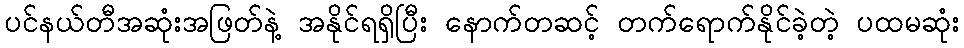
ပင်နယ်တီအဆုံးအဖြတ်နဲ့ အနိုင်ရရှိပြီး နောက်တဆင့် တက်ရောက်နိုင်ခဲ့တဲ့ ပထမဆုံး